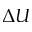
\Delta U